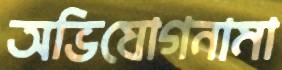
অভিযোগনামা